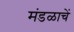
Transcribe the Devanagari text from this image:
मंडळाचें